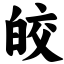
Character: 皎